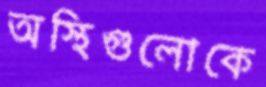
অস্থিগুলোকে